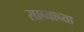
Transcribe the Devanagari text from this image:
साब्याच्या